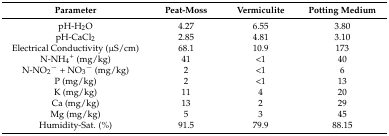
<table><thead><tr><td><b>Parameter</b></td><td><b>Peat-Moss</b></td><td><b>Vermiculite</b></td><td><b>Potting Medium</b></td></tr></thead><tbody><tr><td>pH-H<sub>2</sub>O </td><td>4.27</td><td>6.55</td><td>3.80</td></tr><tr><td>pH-CaCl<sub>2</sub></td><td>2.85</td><td>4.81</td><td>3.10</td></tr><tr><td>Electrical Conductivity (μS/cm)</td><td>68.1</td><td>10.9</td><td>173</td></tr><tr><td>N-NH<sub>4</sub><sup>+</sup> (mg/kg)</td><td>41</td><td>&lt;1</td><td>40</td></tr><tr><td>N-NO<sub>2</sub><sup>−</sup> + NO<sub>3</sub><sup>−</sup> (mg/kg)</td><td>2</td><td>&lt;1</td><td>6</td></tr><tr><td>P (mg/kg)</td><td>2</td><td>&lt;1</td><td>13</td></tr><tr><td>K (mg/kg)</td><td>11</td><td>4</td><td>20</td></tr><tr><td>Ca (mg/kg)</td><td>13</td><td>2</td><td>29</td></tr><tr><td>Mg (mg/kg)</td><td>5</td><td>3</td><td>45</td></tr><tr><td>Humidity-Sat. (%)</td><td>91.5</td><td>79.9</td><td>88.15</td></tr></tbody></table>